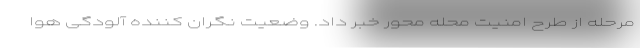
مرحله از طرح امنیت محله محور خبر داد. وضعیت نگران کننده آلودگی هوا